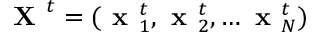
\textbf { X } ^ { t } = ( \textbf { x } _ { 1 } ^ { t } , \textbf { x } _ { 2 } ^ { t } , \dots \textbf { x } _ { N } ^ { t } )